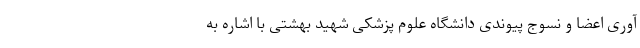
آوری اعضا و نسوج پیوندی دانشگاه علوم پزشکی شهید بهشتی با اشاره به